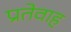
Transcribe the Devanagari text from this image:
प्रतेवाह